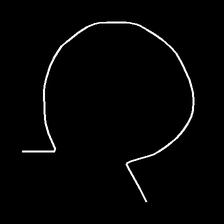
Glyph: weave